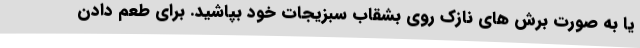
یا به صورت برش های نازک روی بشقاب سبزیجات خود بپاشید. برای طعم دادن